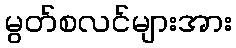
မွတ်စလင်များအား